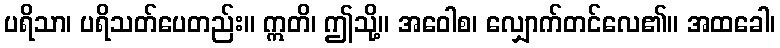
ပရိသာ၊ ပရိသတ်ပေတည်း။ ဣတိ၊ ဤသို့။ အဝေါစ၊ လျှောက်တင်လေ၏။ အထခေါ၊